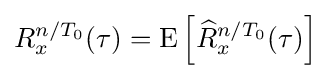
R_{x}^{n/T_{0}}(\tau )=\operatorname {E} \left[{\widehat {R}}_{x}^{n/T_{0}}(\tau )\right]